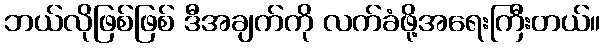
ဘယ်လိုဖြစ်ဖြစ် ဒီအချက်ကို လက်ခံဖို့အရေးကြီးတယ်။